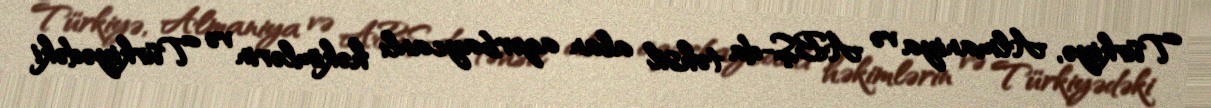
Türkiyə, Almaniya və ABŞ-da təhsil alan azərbaycanlı həkimlərin və Türkiyədəki